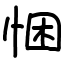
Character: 悃